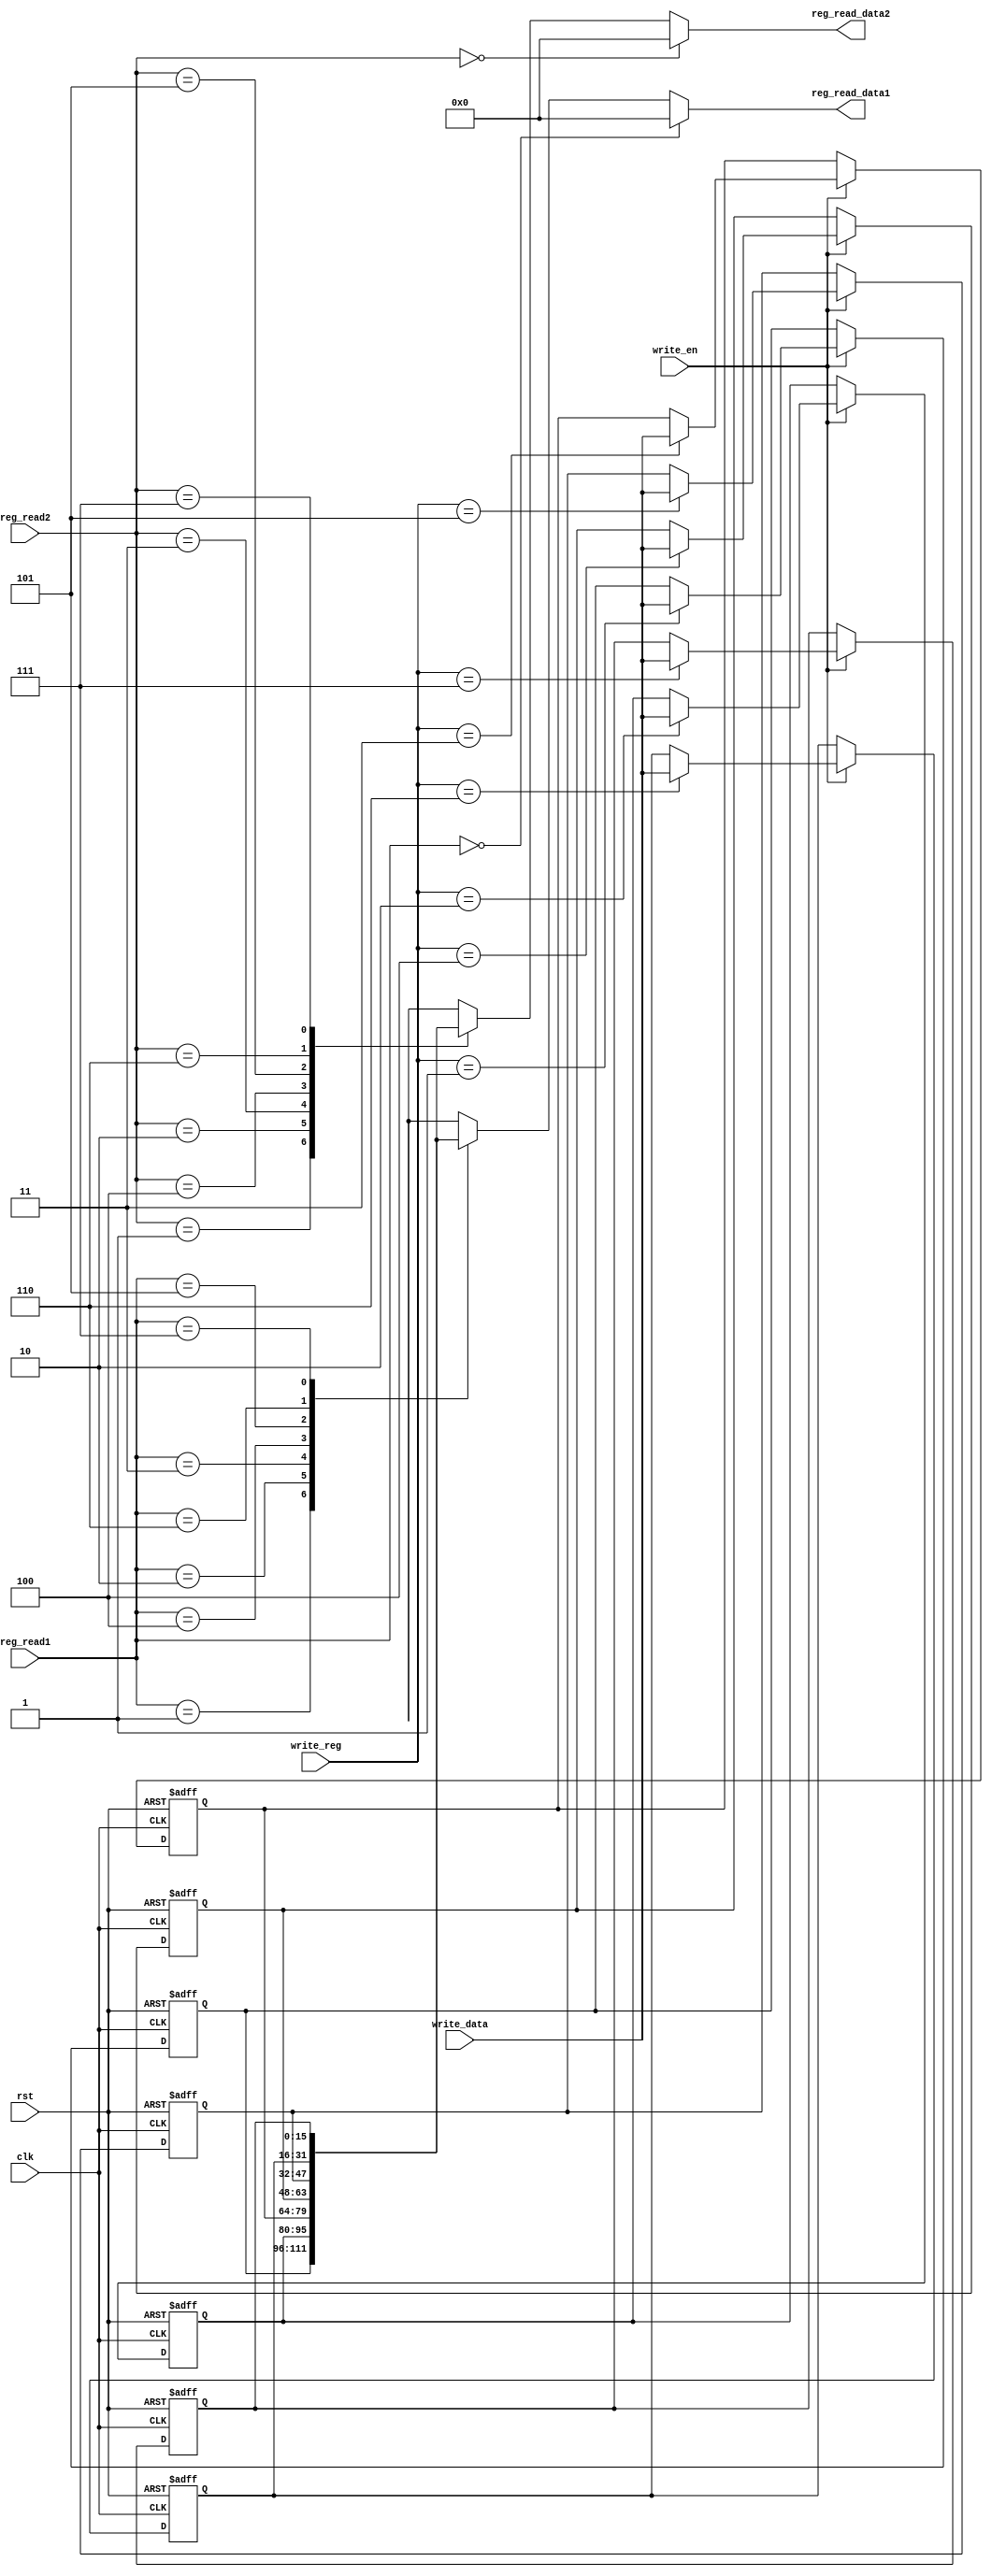
module reg_file(clk,rst,reg_read1,reg_read2,write_reg,write_data,write_en,reg_read_data1,reg_read_data2);

	input [2:0] reg_read1,reg_read2,write_reg;
	input [15:0] write_data;
	input clk,rst,write_en;
	output [15:0] reg_read_data1,reg_read_data2;

	reg [15:0] regf[7:0];
	integer i;

	always@(posedge clk or posedge rst)
	begin 
		if(rst)
		begin
			for(i=0;i<8;i=i+1)
			begin
				regf[i]<=16'd0;
			end
		end
		else
		begin
			if(write_en)
			begin
				regf[write_reg]<=write_data;
			end
		end
	end

	assign reg_read_data1=(reg_read1==3'd0)?16'd0:regf[reg_read1];
	assign reg_read_data2=(reg_read2==3'd0)?16'd0:regf[reg_read2];

endmodule